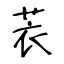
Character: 䒾